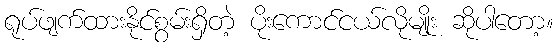
ရုပ်ဖျက်ထားနိုင်စွမ်းရှိတဲ့ ပိုးကောင်ငယ်လိုမျိုး ဆိုပါတော့။